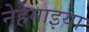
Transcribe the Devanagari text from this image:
नेहेमाइया